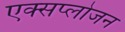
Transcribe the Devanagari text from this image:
एक्सप्लोजन